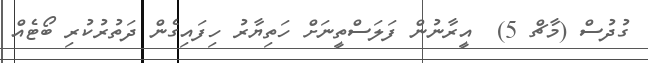
ގުދުސް (މާޗް 5)  އީރާނުން ފަލަސްތީނަށް ހަތިޔާރު ހިފައިގެން ދަތުރުކުރި ބޯޓެއް